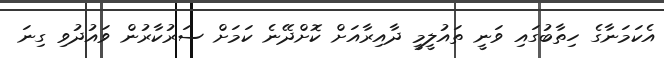
އެކަމަނާގެ ހިތާބުގައި ވަނީ ތައުލީމީ ދާއިރާއަށް ކޮށްދޭނެ ކަމަށް ސަރުކާރުން ވައުދުވި ގިނަ